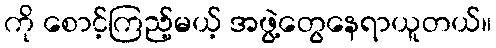
ကို စောင့်ကြည့်မယ့် အဖွဲ့တွေနေရာယူတယ်။